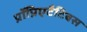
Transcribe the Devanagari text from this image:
प्रॉप्रिएटैटिबस